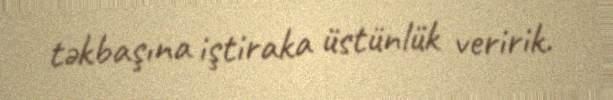
təkbaşına iştiraka üstünlük veririk.